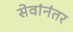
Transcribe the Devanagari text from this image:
सेवांनंतर